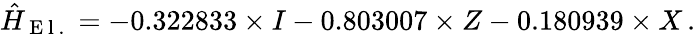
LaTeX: \begin{array}{r}{\hat{H}_{\mathrm{~E~l~.~}}=-0.322833\times I-0.803007\times Z-0.180939\times X\, .}\end{array}